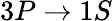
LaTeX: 3P\rightarrow 1S